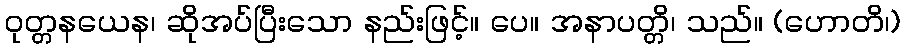
ဝုတ္တနယေန၊ ဆိုအပ်ပြီးသော နည်းဖြင့်။ ပေ။ အနာပတ္တိ၊ သည်။ (ဟောတိ၊)